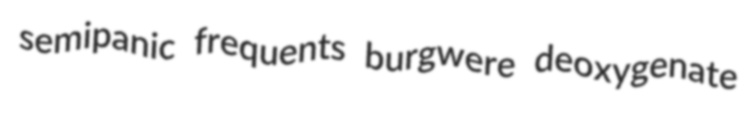
semipanic frequents burgwere deoxygenate